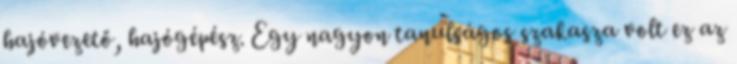
hajóvezető, hajógépész. Egy nagyon tanulságos szakasza volt ez az